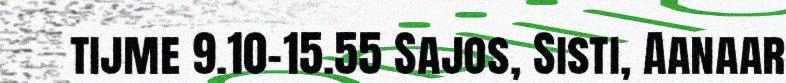
tijme 9.10–15.55 Sajos, Sisti, Aanaar